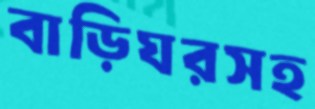
বাড়িঘরসহ